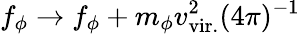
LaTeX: f_{\phi}\rightarrow f_{\phi}+m_{\phi}v_{\mathrm{vir.}}^{2}(4\pi)^{-1}